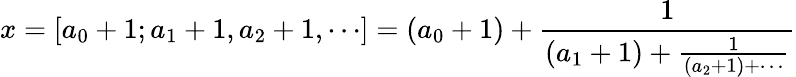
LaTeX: x=[a_{0}+1;a_{1}+1,a_{2}+1,\cdots]=(a_{0}+1)+{\frac{1}{(a_{1}+1)+{\frac{1}{(a_{2}+1)+\cdots}}}}